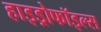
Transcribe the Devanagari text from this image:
हाइड्रोफॉइल्स